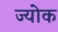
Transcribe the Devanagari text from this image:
ज्योक